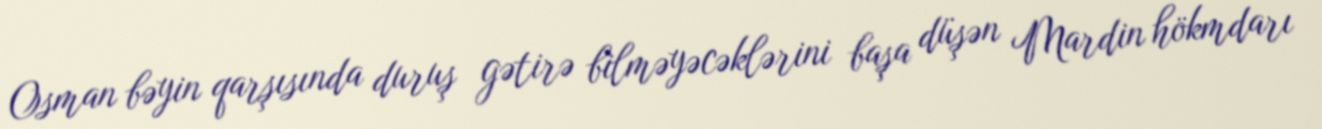
Osman bəyin qarşısında duruş gətirə bilməyəcəklərini başa düşən Mardin hökmdarı